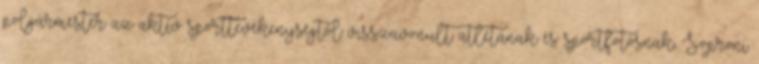
polgármester az aktív sporttevékenységtől visszavonult atlétának és sportfotósnak, Soproni